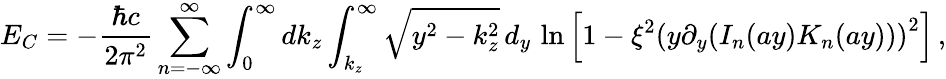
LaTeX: E_{C}=-\frac{\hbar c}{2\pi^{2}}\sum_{n=-\infty}^{\infty}\int_{0}^{\infty}dk_{z}\int_{k_{z}}^{\infty}\sqrt{y^{2}-k_{z}^{2}}\, d_{y}\, \ln\left[1-{{\xi}^{2}}{{(y{{\partial}_{y}}({I_{n}}(ay){{{K}}_{n}}(ay)))}^{2}}\right]\, ,